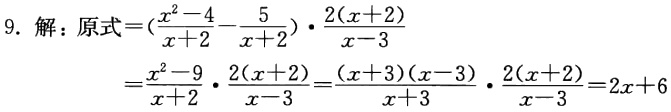
9. 解：原式\(=(\frac{x^{2}-4}{x + 2}-\frac{5}{x + 2})\cdot\frac{2(x + 2)}{x - 3}\)

\(=\frac{x^{2}-9}{x + 2}\cdot\frac{2(x + 2)}{x - 3}=\frac{(x + 3)(x - 3)}{x + 3}\cdot\frac{2(x + 2)}{x - 3}=2x + 6\)